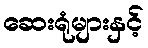
ဆေးရုံများနှင့်